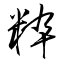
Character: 粋